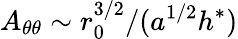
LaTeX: A_{\theta\theta}\sim r_{0}^{3/2}/(a^{1/2}h^{*})